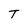
Character: T